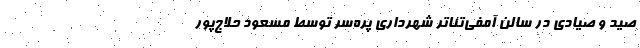
صید و صیادی در سالن آمفی‌تئاتر شهرداری پره‌سر توسط مسعود حلاج‌پور